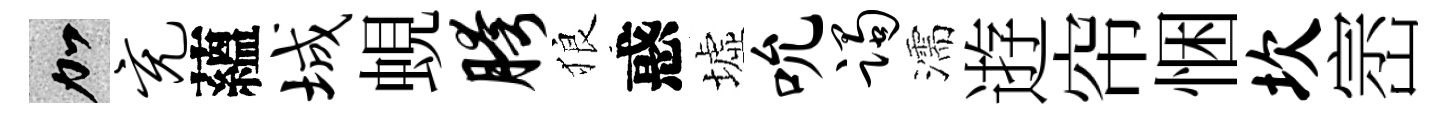
加充蘊城蜆胯狼惑墟吮躅濡逰帘悃坎崈